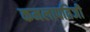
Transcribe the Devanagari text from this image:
कमलापतिजी